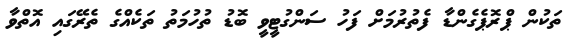
ތަކުން ޕްރޮޕެގެންޑާ ފެތުރުމަށް ފަހު ސަންގުޓީވީ ބޮޑު ތުހުމަތު ތަކެއްގެ ތެރޭގައި އޮތްވާ